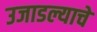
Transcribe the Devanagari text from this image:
उजाडल्याचे